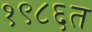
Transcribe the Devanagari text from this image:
१९८६त